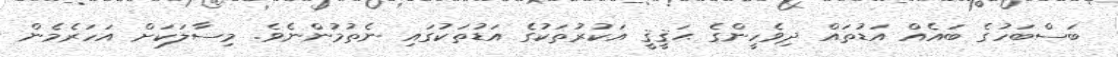
ބަސްބަހުގެ ބައެއް އަޑުތައް ދިވެހީންގެ ޙަޤީޤީ އަކުރުތަކުގެ އަޑުތަކުގައި ނެތުމުންނެވެ. މިސާލަކަށް އަހަރެމެން